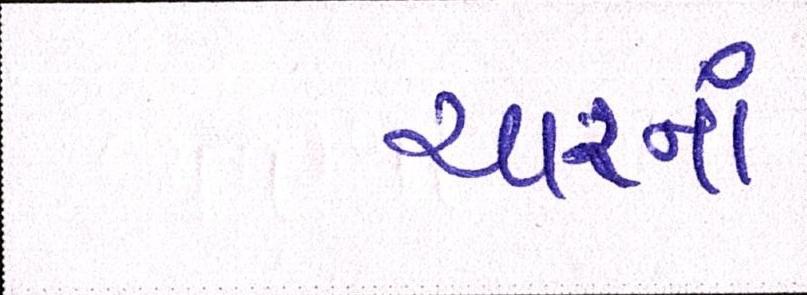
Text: ચારનાં